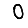
Digit: 0